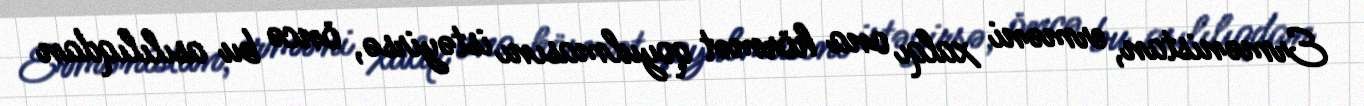
Ermənistan, erməni xalqı ona hörmət qoyulmasını istəyirsə, öncə bu asılılıqdan